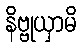
နိဗ္ဗုယှာမိ